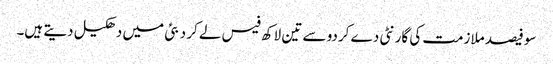
سو فیصد ملازمت کی گارنٹی دے کردو سے تین لاکھ فیس لے کر دبئی میں دھکیل دیتے ہیں۔